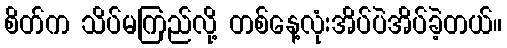
စိတ်က သိပ်မကြည်လို့ တစ်နေ့လုံးအိပ်ပဲအိပ်ခဲ့တယ်။